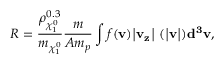
R = \frac { \rho _ { \chi _ { 1 } ^ { 0 } } ^ { 0 . 3 } } { m _ { \chi _ { 1 } ^ { 0 } } } \frac { m } { A m _ { p } } \int f ( \bf { v } ) | v _ { z } | \sigma ( | \bf { v } | ) d ^ { 3 } \bf { v } ,